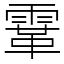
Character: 䨣